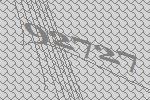
92727